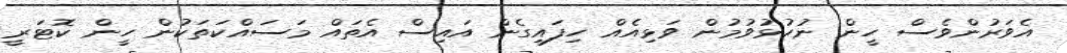
އެވަރުންވެސް ހީން ނުހުޅުވުމުން ވަޅިއެއް ހިފައިގެން އައިސް އެތައް މަސައްކަތަކުން ހީން ކޮޓަރީ